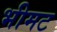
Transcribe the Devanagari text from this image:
भीमट